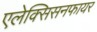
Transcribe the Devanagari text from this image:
एलेक्सिसनफायर